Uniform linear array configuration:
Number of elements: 8
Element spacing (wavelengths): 0.25
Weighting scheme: hamming
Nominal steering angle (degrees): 60
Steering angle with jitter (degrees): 58.78
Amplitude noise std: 0.05
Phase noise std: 0.05

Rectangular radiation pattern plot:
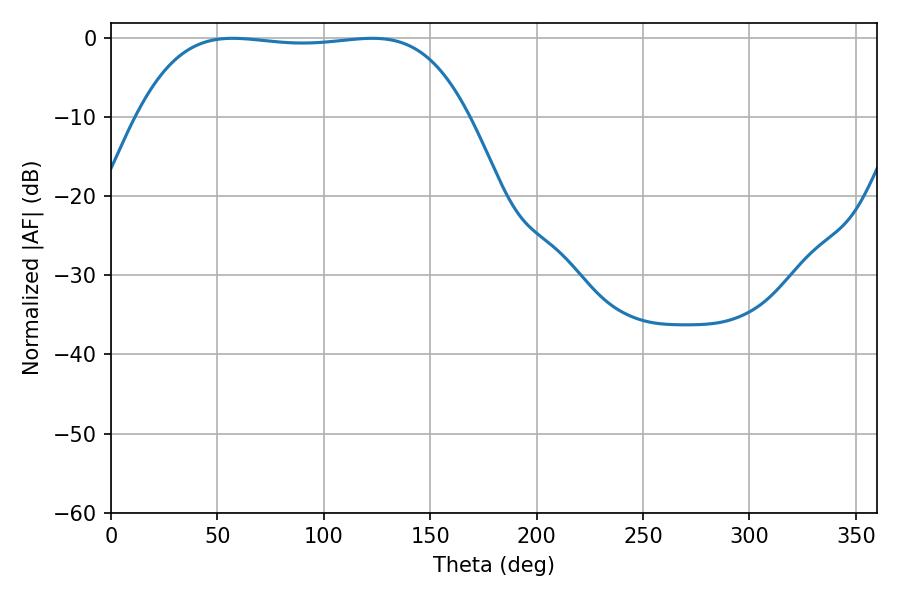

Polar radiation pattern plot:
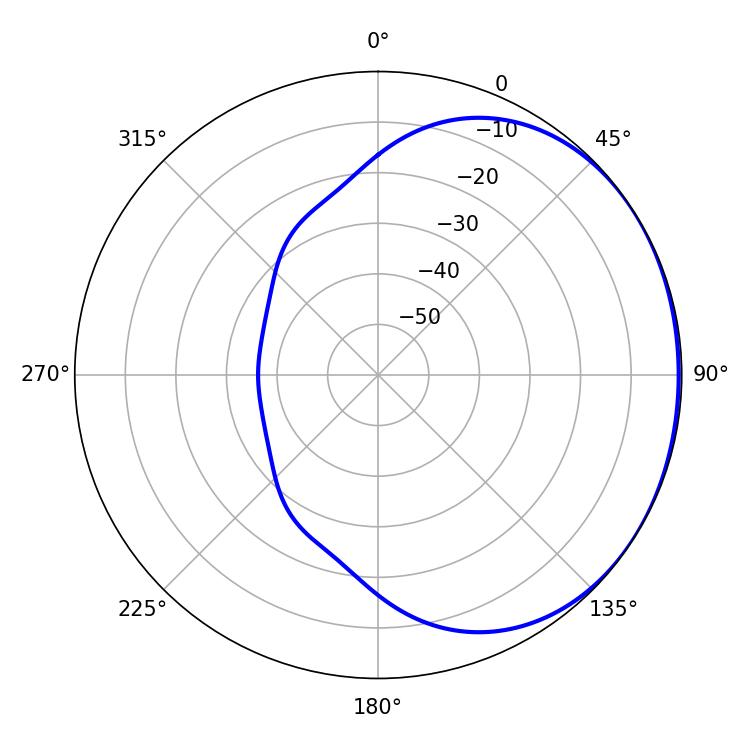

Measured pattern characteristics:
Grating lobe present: FALSE
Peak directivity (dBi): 0.863
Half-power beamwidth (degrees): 122.04
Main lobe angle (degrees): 57.24